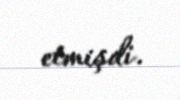
etmişdi.